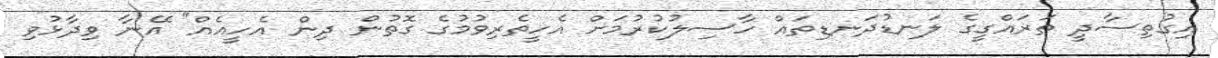
އިގުތިސާދީ ތަރައްގީގެ ލަނޑުދަނޑިތައް ހާސިލުކުރުމަށް އެހީތެރިވުމުގެ ގޮތުން ދިން އެހީއެއް" އޭނާ ވިދާޅުވި